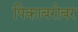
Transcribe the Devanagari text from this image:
पिकाबरोबर